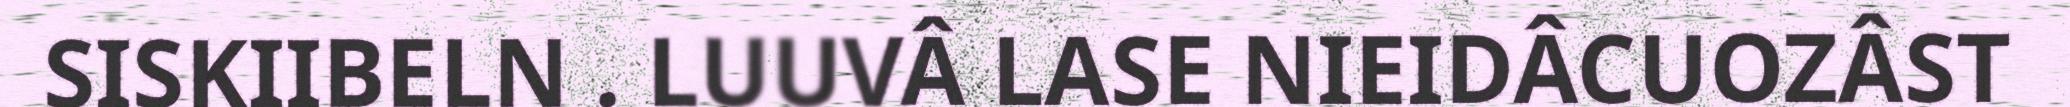
SISKIIBELN . LUUVÂ LASE NIEIDÂCUOZÂST